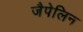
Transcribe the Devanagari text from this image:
जैपेलिन